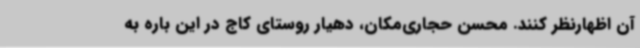
آن اظهارنظر کنند. محسن حجاری‌مکان، دهیار روستای کاج در این باره به